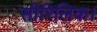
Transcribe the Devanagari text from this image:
सीरिलिक।